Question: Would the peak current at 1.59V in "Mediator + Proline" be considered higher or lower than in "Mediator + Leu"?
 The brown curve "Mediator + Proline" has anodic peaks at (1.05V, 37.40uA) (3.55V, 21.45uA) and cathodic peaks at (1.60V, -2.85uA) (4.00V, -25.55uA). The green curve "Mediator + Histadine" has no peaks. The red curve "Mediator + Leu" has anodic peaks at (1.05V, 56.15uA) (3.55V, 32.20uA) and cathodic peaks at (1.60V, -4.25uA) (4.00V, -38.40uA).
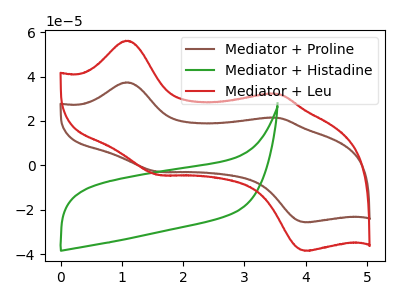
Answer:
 <answer>The peak at 1.59V is lower in "Mediator + Proline" than in "Mediator + Leu".</answer>
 <eval>lower</eval>